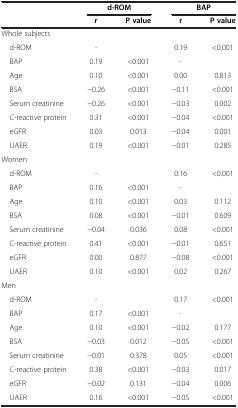
<table><thead><tr><td rowspan="2"><b> </b></td><td colspan="2"><b>d-ROM</b></td><td colspan="2"><b>BAP</b></td></tr><tr><td><b>r</b></td><td><b>P value</b></td><td><b>r</b></td><td><b>P value</b></td></tr></thead><tbody><tr><td colspan="5">Whole subjects</td></tr><tr><td> d-ROM</td><td>-</td><td> </td><td>0.19</td><td>&lt;0.001</td></tr><tr><td> BAP</td><td>0.19</td><td>&lt;0.001</td><td>-</td><td> </td></tr><tr><td> Age</td><td>0.10</td><td>&lt;0.001</td><td>0.00</td><td>0.813</td></tr><tr><td> BSA</td><td>−0.26</td><td>&lt;0.001</td><td>−0.11</td><td>&lt;0.001</td></tr><tr><td> Serum creatinine</td><td>−0.26</td><td>&lt;0.001</td><td>−0.03</td><td>0.002</td></tr><tr><td> C-reactive protein</td><td>0.31</td><td>&lt;0.001</td><td>−0.04</td><td>&lt;0.001</td></tr><tr><td> eGFR</td><td>0.03</td><td>0.013</td><td>−0.04</td><td>0.001</td></tr><tr><td> UAER</td><td>0.19</td><td>&lt;0.001</td><td>−0.01</td><td>0.285</td></tr><tr><td colspan="5">Women</td></tr><tr><td> d-ROM</td><td>-</td><td> </td><td>0.16</td><td>&lt;0.001</td></tr><tr><td> BAP</td><td>0.16</td><td>&lt;0.001</td><td>-</td><td> </td></tr><tr><td> Age</td><td>0.10</td><td>&lt;0.001</td><td>0.03</td><td>0.112</td></tr><tr><td> BSA</td><td>0.08</td><td>&lt;0.001</td><td>−0.01</td><td>0.609</td></tr><tr><td> Serum creatinine</td><td>−0.04</td><td>0.036</td><td>0.08</td><td>&lt;0.001</td></tr><tr><td> C-reactive protein</td><td>0.41</td><td>&lt;0.001</td><td>−0.01</td><td>0.651</td></tr><tr><td> eGFR</td><td>0.00</td><td>0.877</td><td>−0.08</td><td>&lt;0.001</td></tr><tr><td> UAER</td><td>0.10</td><td>&lt;0.001</td><td>0.02</td><td>0.267</td></tr><tr><td colspan="5">Men</td></tr><tr><td> d-ROM</td><td>-</td><td> </td><td>0.17</td><td>&lt;0.001</td></tr><tr><td> BAP</td><td>0.17</td><td>&lt;0.001</td><td>-</td><td> </td></tr><tr><td> Age</td><td>0.10</td><td>&lt;0.001</td><td>−0.02</td><td>0.177</td></tr><tr><td> BSA</td><td>−0.03</td><td>0.012</td><td>−0.05</td><td>&lt;0.001</td></tr><tr><td> Serum creatinine</td><td>−0.01</td><td>0.378</td><td>0.05</td><td>&lt;0.001</td></tr><tr><td> C-reactive protein</td><td>0.38</td><td>&lt;0.001</td><td>−0.03</td><td>0.017</td></tr><tr><td> eGFR</td><td>−0.02</td><td>0.131</td><td>−0.04</td><td>0.006</td></tr><tr><td> UAER</td><td>0.16</td><td>&lt;0.001</td><td>−0.05</td><td>&lt;0.001</td></tr></tbody></table>